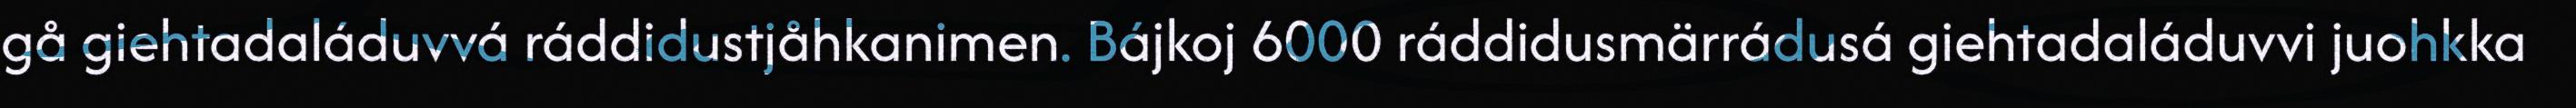
gå giehtadaláduvvá ráddidustjåhkanimen. Bájkoj 6000 ráddidusmärrádusá giehtadaláduvvi juohkka